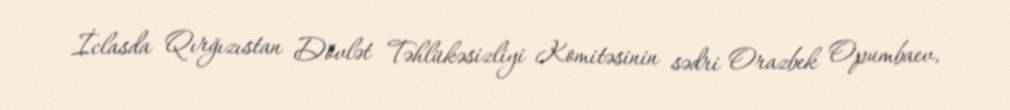
İclasda Qırğızıstan Dövlət Təhlükəsizliyi Komitəsinin sədri Orazbek Opumbaev,